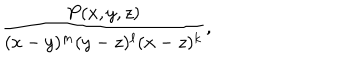
\frac { P ( x , y , z ) } { ( x - y ) ^ { m } ( y - z ) ^ { \ell } ( x - z ) ^ { k } } , \quad